Insane asylums in Bengal annual reports 1876-1887 - 1876-1887
Year: 1876
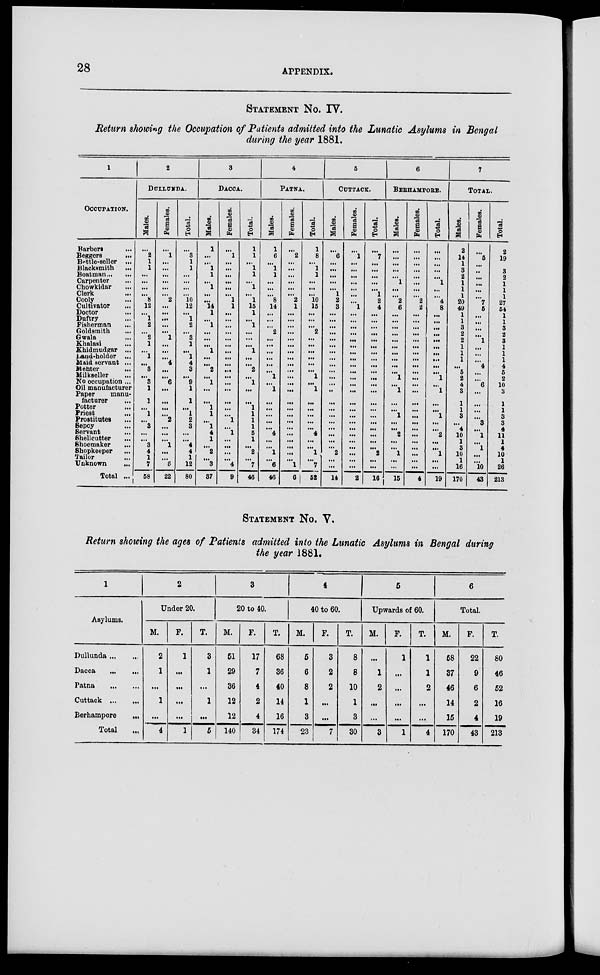
28
APPENDIX.
STATEMENT No. IV.
Return showing the Occupation of Patients admitted into the Lunatic Asylums in Bengal
during the year 1881.
1
OCCUPATION.
Barbers ...
Beggers ...
Bettle-seller ...
Blacksmith ...
Boatman
...
Carpenter ...
Chowkidar ...
Clerk ...
Cooly ...
Cultivator ...
Doctor ...
Duftry ...
Fisherman
...
Goldsmith ...
Gwala ...
Khalasi
...
Khidmudgar ...
Land-holder ...
Maid servant ...
Mehter
...
Milkseller ...
No occupation ...
Oil manufacturer
Paper
manu-
facturer ...
Potter ...
Priest ...
Prostitutes ...
Sepoy ...
Servant
...
Shellcutter
...
Shoemaker
...
Shopkeeper
Tailor ...
Unknown
...
Total ...
2
DULLUNDA.
Males.
...
2
1
1
...
...
...
...
8
12
...
1
2
...
2
1
...
1
...
3
...
3
1
1
...
1
...
3
...
...
3
4
1
7
58
Females.
...
1
...
...
...
...
...
...
2
...
...
...
...
...
1
...
...
...
4
...
...
6
...
...
...
...
2
...
...
...
1
...
...
5
22
Total.
...
3
1
1
...
...
...
...
10
12
...
1
2
...
3
1
...
1
4
3
...
9
1
1
...
1
2
3
...
...
4
4
1
12
80
3
DACCA.
Males.
1
...
...
1
1
...
1
...
...
14
1
...
1
...
...
...
1
...
...
2
...
1
...
...
1
1
...
1
4
1
...
2
...
3
37
Females.
...
1
...
...
...
...
...
...
1
1
...
...
...
...
...
...
...
...
...
...
...
...
...
...
...
...
1
...
1
...
...
...
...
4
9
Total.
1
1
...
1
1
...
1
...
1
15
1
...
1
...
...
...
1
...
...
2
...
1
...
...
1
1
1
1
5
1
...
2
...
7
46
4
PATNA.
Males.
1
6
...
1
1
...
...
...
8
14
...
...
...
2
...
...
...
...
...
...
1
...
1
...
...
...
...
...
4
...
...
1
...
6
46
Females.
...
2
...
...
...
...
...
...
2
1
...
...
...
...
...
...
...
...
...
...
...
...
...
...
...
...
...
...
...
...
...
...
...
1
6
Total.
1
8
...
1
1
...
...
...
10
15
...
...
...
2
...
...
...
...
...
...
1
...
1
...
...
...
...
...
4
...
...
1
...
7
52
5
CUTTACK.
Males.
...
6
...
...
...
...
...
1
2
3
...
...
...
...
...
...
...
...
...
...
...
...
..
...
...
...
...
...
...
...
...
2
...
...
14
Females.
...
1
...
...
...
...
...
...
...
1
...
...
...
...
...
...
...
...
...
...
...
...
...
...
...
...
...
...
...
...
...
...
...
...
2
Total.
...
7
...
...
...
...
...
1
2
4
...
...
...
...
...
...
...
...
...
...
...
...
...
...
...
...
...
...
...
...
...
2
...
...
16
6
BERHAMPORE.
Males.
...
...
...
...
...
1
...
...
2
6
...
...
...
...
...
...
...
...
...
...
1
...
1
...
...
1
...
...
2
...
...
1
...
...
15
Females.
...
...
...
...
...
...
...
...
2
2
...
...
...
...
...
...
...
...
...
...
...
...
...
...
...
...
...
...
...
...
...
...
...
...
4
Total.
...
...
...
...
...
1
...
...
4
8
...
...
...
...
...
...
...
...
...
...
1
...
1
...
...
1
...
...
2
...
...
1
...
...
19
7
TOTAL.
Males.
2
14
1
3
2
1
1
1
20
49
1
1
3
2
2
1
1
1
...
5
2
4
3
1
1
3
...
4
10
1
3
10
1
16
170
Females.
...
5
...
...
...
...
...
...
7
5
...
...
...
...
1
...
...
...
4
...
...
6
...
...
...
...
3
...
1
...
1
...
...
10
43
Total.
2
19
...
3
2
1
1
1
27
54
1
1
3
2
3
1
1
1
4
5
2
10
3
1
1
3
3
4
11
1
4
10
1
26
213
STATEMENT No. V.
Return showing the ages of Patients admitted into the Lunatic Asylums in Bengal during
the year 1881.
1
Asylums.
Dullunda
...
Dacca
...
Patna
...
Cuttack
...
Berhampore
...
Total ...
2
Under 20.
M.
2
1
...
1
...
4
F.
1
...
...
...
...
1
T.
3
1
...
1
...
5
3
20 to 40.
M.
51
29
36
12
12
140
F.
17
7
4
2
4
34
T.
68
36
40
14
16
174
4
40 to 60.
M.
5
6
8
1
3
23
F.
3
2
2
...
...
7
T.
8
8
10
1
3
30
5
Upwards of 60.
M.
...
1
2
...
...
3
F.
1
...
...
...
...
1
T.
1
1
2
...
...
4
6
Total.
M.
68
37
46
14
15
170
F.
22
9
6
2
4
43
T.
80
46
52
16
19
213